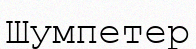
Шумпетер